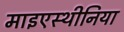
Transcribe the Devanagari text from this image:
माइएस्थीनिया